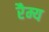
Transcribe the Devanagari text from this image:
रैम्य